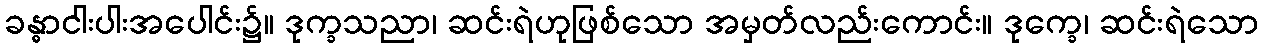
ခန္ဓာငါးပါးအပေါင်း၌။ ဒုက္ခသညာ၊ ဆင်းရဲဟုဖြစ်သော အမှတ်လည်းကောင်း။ ဒုက္ခေ၊ ဆင်းရဲသော